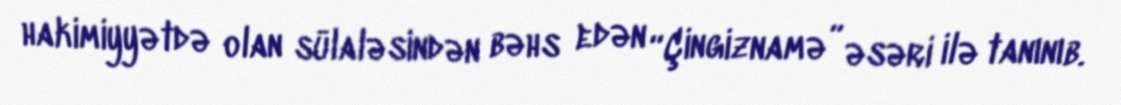
hakimiyyətdə olan sülaləsindən bəhs edən “Çingiznamə” əsəri ilə tanınıb.